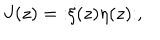
LaTeX: J ( z ) = \mathopen : \xi ( z ) \eta ( z ) \mathclose : ,